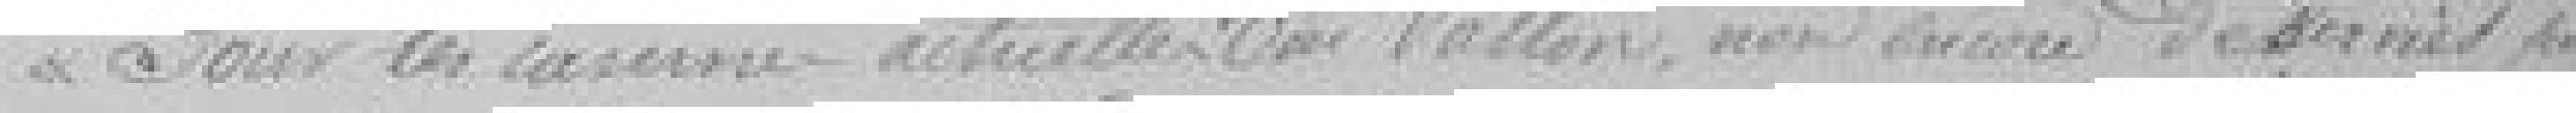
Pour les casernes actuelles au Vallon, non encore desservie par